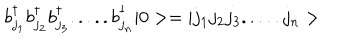
LaTeX: b _ { j _ { 1 } } ^ { \dagger } b _ { j _ { 2 } } ^ { \dagger } b _ { j _ { 3 } } ^ { \dagger } . . . . . b _ { j _ { n } } ^ { \dagger } | 0 > = | j _ { 1 } j _ { 2 } j _ { 3 } . . . . . j _ { n } >